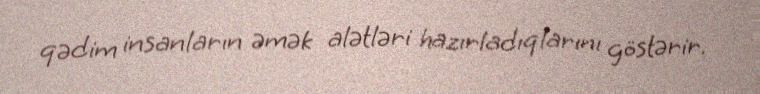
qədim insanların əmək alətləri hazırladıqlarını göstərir.